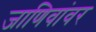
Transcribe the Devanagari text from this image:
जाणिवांवर